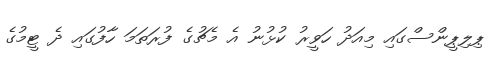
ޕިލިޕީންސްގައި މިއަދު ހަވީރު ކުޅުނު އެ މެޗުގެ ފުރަތަމަ ހާފުގައި ދެ ޓީމުގެ